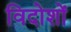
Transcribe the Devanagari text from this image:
विदोशों